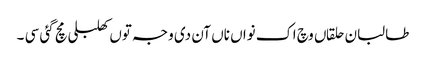
طالبان حلقاں وچ اک نواں ناں آن دی وجہ توں کھلبلی مچ گئی سی ۔